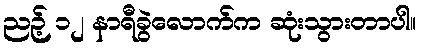
ညဉ့် ၁၂ နာရီခွဲလောက်က ဆုံးသွားတာပါ။